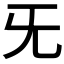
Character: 旡